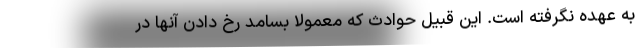
به عهده نگرفته است. این قبیل حوادث که معمولا بسامد رخ دادن آنها در